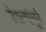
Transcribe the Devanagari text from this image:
पेशव्यांपुढे